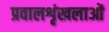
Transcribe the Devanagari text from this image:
प्रवालशृंखलाओं